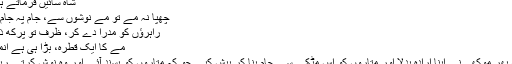
شاہ سائیں فرماتے ہیں؛
چُھپا نہ مے تو مے نوشوں سے، جام پہ جام پلا
راہرؤں کو مدرا دے کر، ظرف تو پرکھ ذرا،
مے کا ایک قطرہ، بڑا ہی ہے انمول
بس پھر موکھی نے اپنا ارادہ بدلا اور متاروں کو اس مٹکے سے جام بنا کر پیش کیے جو کہ متاروں کو پسند آئے اور وہ نوش کرتے رہے۔